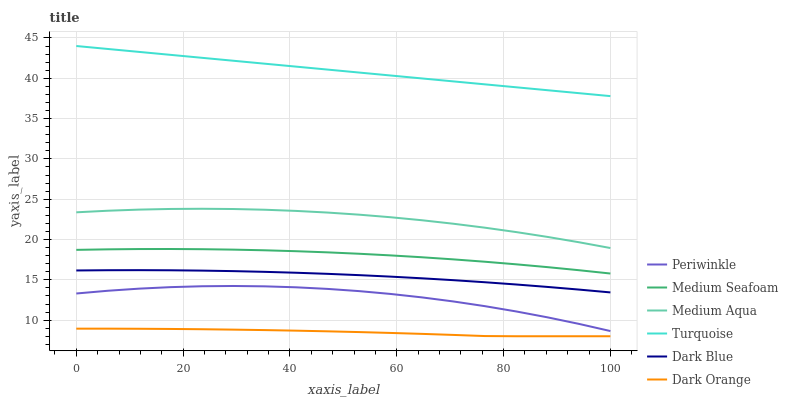
| xaxis_label | Periwinkle | Medium Seafoam | Medium Aqua | Turquoise | Dark Blue | Dark Orange |
 | --- | --- | --- | --- | --- | --- | --- |
 | 0 | 13.3 | 18.7 | 23.4 | 44 | 16.2 | 8.94 |
 | 5.88 | 13.6 | 18.8 | 23.6 | 43.6 | 16.2 | 8.94 |
 | 11.8 | 13.9 | 18.8 | 23.7 | 43.3 | 16.2 | 8.93 |
 | 17.6 | 14.1 | 18.8 | 23.8 | 42.9 | 16.2 | 8.9 |
 | 23.5 | 14.2 | 18.8 | 23.8 | 42.5 | 16.1 | 8.87 |
 | 29.4 | 14.2 | 18.7 | 23.8 | 42.2 | 16.1 | 8.82 |
 | 35.3 | 14.2 | 18.7 | 23.7 | 41.8 | 16 | 8.76 |
 | 41.2 | 14.1 | 18.5 | 23.5 | 41.4 | 15.9 | 8.69 |
 | 47.1 | 13.9 | 18.4 | 23.3 | 41.1 | 15.7 | 8.61 |
 | 52.9 | 13.6 | 18.2 | 23.1 | 40.7 | 15.6 | 8.52 |
 | 58.8 | 13.2 | 18 | 22.8 | 40.3 | 15.4 | 8.41 |
 | 64.7 | 12.8 | 17.8 | 22.4 | 40 | 15.2 | 8.29 |
 | 70.6 | 12.3 | 17.5 | 22 | 39.6 | 15 | 8.17 |
 | 76.5 | 11.7 | 17.2 | 21.5 | 39.2 | 14.7 | 8.03 |
 | 82.4 | 11.1 | 16.9 | 20.9 | 38.9 | 14.4 | 8 |
 | 88.2 | 10.3 | 16.6 | 20.3 | 38.5 | 14.1 | 8 |
 | 94.1 | 9.53 | 16.2 | 19.7 | 38.2 | 13.8 | 8 |
 | 100 | 8.65 | 15.8 | 18.9 | 37.8 | 13.4 | 8 |